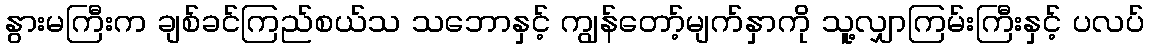
နွားမကြီးက ချစ်ခင်ကြည်စယ်သ သဘောနှင့် ကျွန်တော့်မျက်နှာကို သူ့လျှာကြမ်းကြီးနှင့် ပလပ်